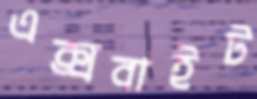
এক্সবাইট